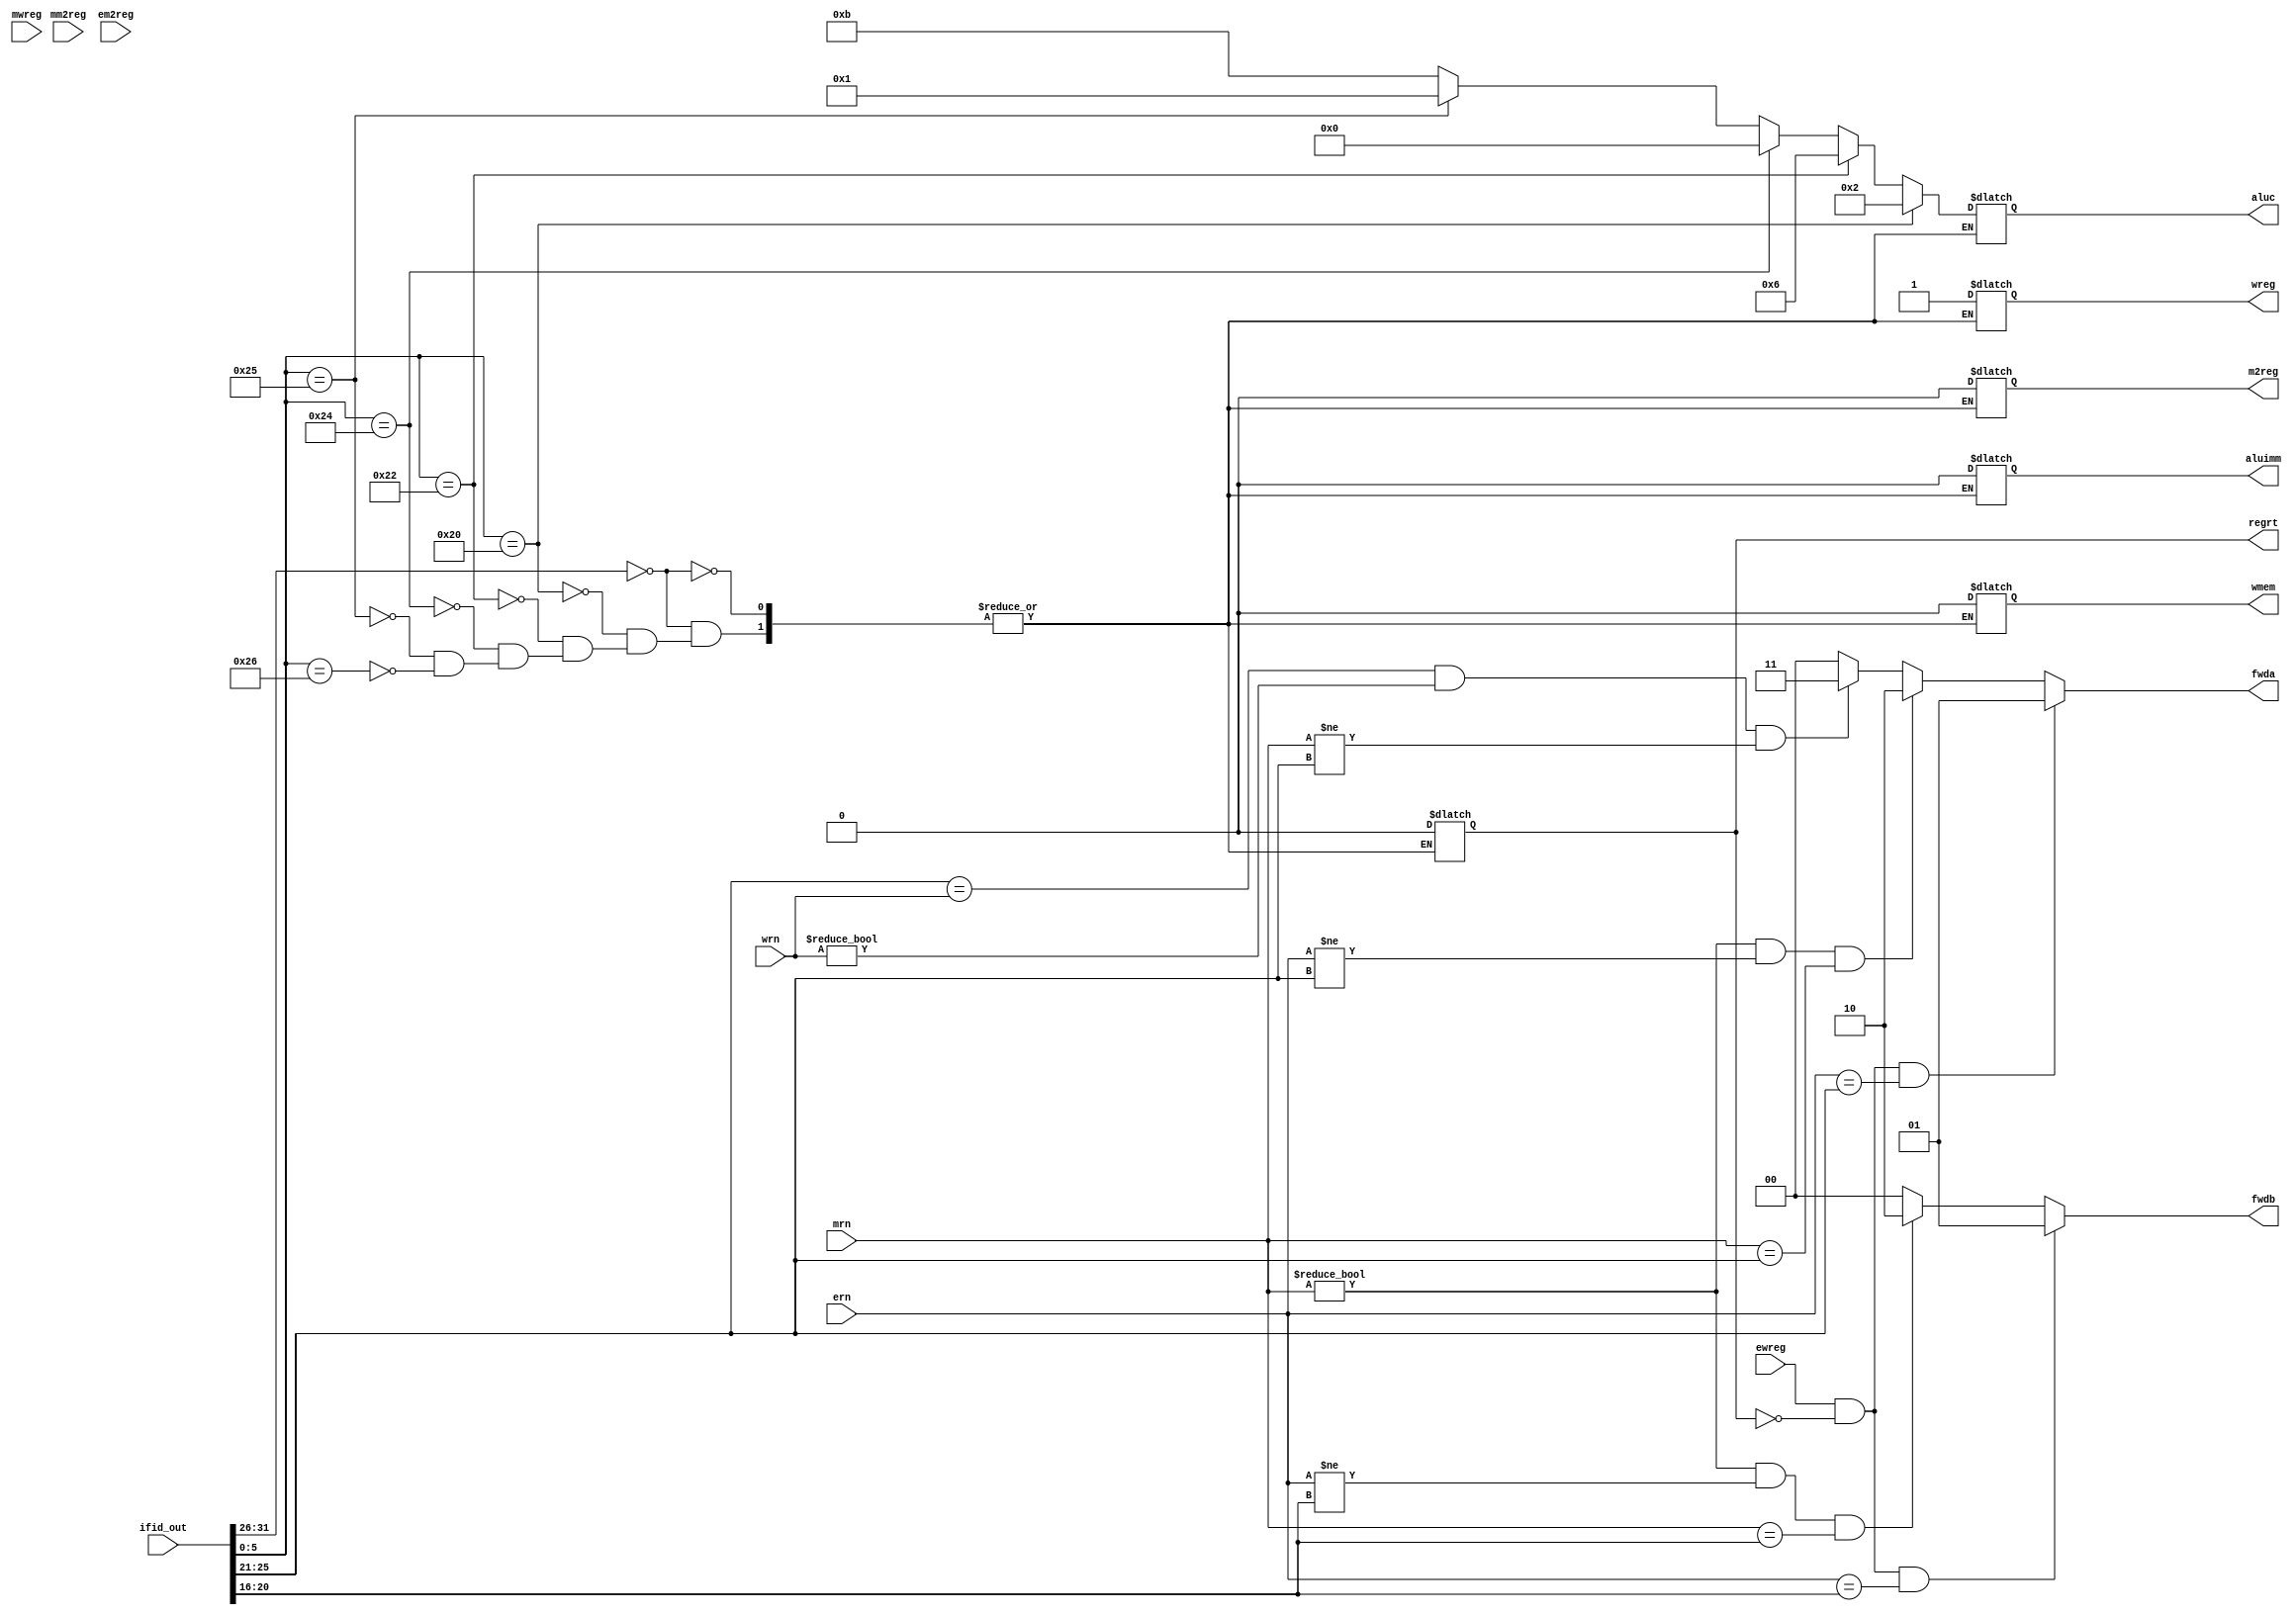
`timescale 1ns / 1ps

module CU(input wire [31:0] ifid_out, input wire [4:0] mrn, input wire mm2reg, input wire mwreg, input wire [4:0] ern, 
            input wire em2reg, input wire ewreg, input wire [4:0] wrn,
          output reg wreg, output reg m2reg, output reg wmem, output reg [3:0] aluc, output reg aluimm, output reg regrt,
          output reg [1:0] fwda, output reg [1:0] fwdb // need checking
    );
    
    reg [5:0] op;
    reg [4:0] rs;
    reg [4:0] rt;
    reg [5:0] func;
    
    /*initial begin
    op = ifid_out[31:26]; // func doesn't exist for lw
    rs = ifid_out[25:21];
    rt = ifid_out[20:16];
    func = ifid_out[5:0];
    end*/
    
    always @ (*)
    begin
    op = ifid_out[31:26]; // func doesn't exist for lw
    rs = ifid_out[25:21];
    rt = ifid_out[20:16];
    func = ifid_out[5:0];
    
    if (op == 6'b000000) // check if add
        begin
            if (func == 6'b100000)  // add instruc
        begin
            wreg <= 1;
            m2reg <= 0;
            wmem <= 0;
            aluc <= 4'b0010; //add
            aluimm <= 0;
            regrt <=0;
        end
      else if (func == 6'b100010) //sub instruc
          begin
          wreg <= 1;
          m2reg <= 0;
          wmem <= 0;
          aluc <=4'b0110;
          aluimm <=0;
          regrt <= 0;
                end      
       else if (func == 6'b100100) //and instruc
           begin
           wreg <= 1;
           m2reg <= 0;
           wmem <= 0;
           aluc <=4'b0000;
           aluimm <=0;
           regrt <= 0;
           end
        else if (func == 6'b100101) //or instruc
            begin
            wreg <= 1;
            m2reg <= 0;
            wmem <= 0;
            aluc <=4'b0001;
            aluimm <=0;
            regrt <= 0;
            end
       else if (func == 6'b100110) //xor instruc
            begin
            wreg <= 1;
            m2reg <= 0;
            wmem <= 0;
            aluc <=4'b1011;
            aluimm <=0;
            regrt <= 0;
            end
        end
      
            
// implement forwarding: (CONFUSED W THE CONDITIONS)
if (ewreg != 0 && regrt != 1 && ern == rs)
begin
    fwda = 2'b01; // exe hazard
end else if (mrn != 0 && ern != rs && mrn == rs)
begin
    fwda = 2'b10; // mem hazard
end 
else if (rs == wrn && wrn != 0 && mrn != rs) begin
    fwda = 2'b11;
 end
else begin
fwda = 2'b00;
end

if (ewreg != 0 && regrt != 1 && ern == rt)
begin
    fwdb = 2'b01; // exe hazard
end
else if (mrn != 0 && ern != rt && mrn == rt)
begin
    fwdb = 2'b10; // mem hazard
end
else begin
fwdb = 2'b00;
end
end

endmodule


module IM(input wire [31:0]pc_out,output reg [31:0]do); 
reg [31:0] a;
reg [31:0] IM[0:511];

// modified for final
initial begin
IM[100] = 32'h00221820;
IM[104] = 32'h01232022; 
IM[108] = 32'h00692825; 
IM[112] = 32'h00693026; 
IM[116] = 32'h00693824; 
end

always @(pc_out,do)
begin
 a = pc_out;
 do = IM[a];
 
end
endmodule


module regFile(input clk, input wire[31:0]ifid_o, input wire[4:0] wn, input wire[31:0] d, input wire wwreg, output reg[31:0] qa, output reg[31:0] qb, output reg [4:0]rs); // similar to IM
// modify testbench
   reg[31:0] rF [0:31]; //31 x 31 array
   //reg[4:0] rs;
   reg[4:0] rt;
   integer i;
initial begin
    for (i=0; i<32;i=i+1) begin rF[i] <= 32'h00000000; end// set everu value in array to 0;
    rF[0] <= 32'h00000000;
    rF[1] <= 32'hA00000AA;
    rF[2] <= 32'h10000011;
    rF[3] <= 32'h20000022;
    rF[4] <= 32'h30000033;
    rF[5] <= 32'h40000044;
    rF[6] <= 32'h50000055;
    rF[7] <= 32'h60000066;
    rF[8] <= 32'h70000077;
    rF[9] <= 32'h80000088;
    rF[10] <= 32'h90000099;
end

always @(ifid_o, posedge clk)
begin
    // extracting rs & rt
    rs = ifid_o[25:21]; // rna, which is also rs
 
    rt = ifid_o[20:16]; // rnb, which is also rt (may fix both in later labs)
    qa = rF[rs];
    qb = rF[rt];
    end
  always @(negedge clk,ifid_o)
    begin
    if (wwreg == 1'b1) //writing
    begin
        // writing into reg
        // wn: addr
        // d: value that will be written into addr
       rF[wn] <= d;
    end
 end
 
endmodule


module mux(input wire [31:0]ifid_out, input wire s_regrt, output reg [4:0] m_out);
   reg [4:0] rd;
   reg [4:0] rt;
   


always @(ifid_out,s_regrt)
begin
 rd = ifid_out[15:11];
 rt = ifid_out[20:16];
    /*if (ifid_out[31:26] != 6'b100011) // check if opcode is lw
    begin
        rd <= ifid_out[15:11];
    end else begin
        rt <= ifid_out[20:16];
    end*/
   m_out <= s_regrt ? rt : rd; // selecting
end

endmodule


module PC(input clk, input wire [31:0]pc_in, output reg[31:0]pc_out); 
/*initial begin
 pc_out = 32'h00000064; 
end*/
always @(posedge clk)
begin
    pc_out<=pc_in;
end

endmodule


module signExt(input wire [31:0]ifid_out, output reg [31:0] e_out); // cat 16-32 bits
always @(ifid_out) 
begin
e_out = {{16{ifid_out[15]}},ifid_out[15:0]}; // concatenation
end
endmodule


module adder(input wire [31:0] in_pc, output reg [31:0] out_s);

 initial begin
 out_s = 32'h00000064; // pass this into PC
 end
 
 always @(*) 
 begin // I'm confused
    out_s <= in_pc + 32'h00000004;
end
  
endmodule


module IFID(input clk, input wire [31:0]a_in, output reg[31:0]do_out); // use wire to carry IM output over...?
always @ (posedge clk)
begin
 do_out<=a_in;
end
endmodule


module IDEXE(input wire clk, input wire wreg, input wire m2reg, input wire wmem, input wire [3:0] aluc, input wire aluimm, input wire [31:0] qa, input wire [31:0] qb, 
input wire [4:0] mux_o, input wire [31:0] e_o,
output reg wreg_o, output reg [3:0] aluc_o, output reg m2reg_o, output reg wmem_o, output reg aluimm_o, 
output reg [31:0] qa_o, output reg [31:0] qb_o
    , output reg [4:0] mux_o3, output reg [31:0] e_o2); // set output to input @ posedge clk
    always @(posedge clk)
    begin
     wreg_o<=wreg;
     aluc_o<=aluc;
     m2reg_o<=m2reg;
     aluimm_o<=aluimm;
     qa_o<=qa;
     qb_o<=qb;
     mux_o3 <= mux_o;
     e_o2 <= e_o;
     wmem_o<=wmem;
     // need to add mux & sign extender (resolved...?)
    end
endmodule


// LAB4 STARTS HERE:
module EXEMEM(input wire clk, input wire ewreg, input wire em2reg, input wire ewmem, input wire [31:0] ALUr, input wire [31:0] qb, input wire [4:0] mux_o,
output reg mwreg, output reg mm2reg, output reg mwmem, output reg [31:0] ALUr_o, output reg [31:0] qb_o, output reg [4:0] mux_o2
    ); // set output to input @ posedge clk
    always @(posedge clk)
    begin
       mwreg <= ewreg;
       mm2reg<=em2reg;
       mwmem<=ewmem;
       ALUr_o<=ALUr;
       qb_o<=qb;
       mux_o2<=mux_o;
    end
endmodule


module MEMWB(input clk, input wire mwreg, input wire mm2reg, input wire [31:0] ALUr,input wire [4:0] mux_o, input wire [31:0] do,
output reg wwreg, output reg wm2reg, output reg [4:0] mux_o1, output reg [31:0] do_o, output reg [31:0] ALUr_o
    ); // set output to input @ posedge clk
    always @(posedge clk)
    begin
       wwreg<=mwreg;
       wm2reg<=mm2reg;
       mux_o1<=mux_o;
       do_o<=do;
       ALUr_o<=ALUr;
    end
endmodule


module mux2(input [31:0]qb, input wire [31:0] e_o, input wire ealuimm, output reg [31:0] m2_out);
always @(qb,e_o,ealuimm,m2_out) 
begin
   m2_out <= ealuimm ? e_o : qb; // selecting
end
endmodule 


module ALU(input wire [31:0] qa, input wire [31:0] mux2_o, input wire [3:0] ealuc, output reg [31:0] r);
always @(mux2_o,qa,ealuc) 
begin
    case(ealuc)
        4'b0000: // AND
           r = qa & mux2_o; 
        4'b0001: // OR
           r = qa | mux2_o ;
        4'b0010: // add
           r = qa + mux2_o;
        4'b0110: // sub
           r = qa - mux2_o;
        4'b1100: // NOR
           r = ~(qa | mux2_o);
//        4'b0111: // set-on-less-than
//           if (qa<mux2_o)
//           begin
//            r <=1;
//           end else begin
//            r<=0;
//           end
        4'b1011: // XOR
           r = qa ^ mux2_o;
        //default:
            //r = qa + mux2_o; // default is addition
    endcase
end
endmodule

module DM(input wire [31:0] a, input wire [31:0] di, input wire mwmem, output reg [31:0] do);
reg [31:0] dataMem[0:511];
integer i;
initial begin
    for (i=0; i<512;i=i+1) begin dataMem[i] <= 32'h00000000; end// set every value in array to 0;
    dataMem[0] <= 32'hA00000AA;
    dataMem[4] <= 32'h10000011;
    dataMem[8] <= 32'h20000022;
    dataMem[12] <= 32'h30000033;
    dataMem[16] <= 32'h40000044;
    dataMem[20] <= 32'h50000055;
    dataMem[24] <= 32'h60000066;
    dataMem[28] <= 32'h70000077;
    dataMem[32] <= 32'h80000088;
    dataMem[36] <= 32'h90000099;
    //dataMem[40] <= 32'h90000099;
end

always @(a,di,mwmem,do)
begin
    if (mwmem == 1'b0) begin
    do <= dataMem[a];
  end
  //do <= dataMem[a];
  else if (mwmem == 1'b1) begin
    dataMem[di] <= dataMem[a];
  end
end
endmodule


// LAB5 stuff here:
module mux3(input wire [31:0] ALUr_o, input wire [31:0] do_o, input wire wm2reg, output reg [31:0] m3_out);
always @(ALUr_o,do_o,wm2reg) 
begin
   m3_out <= wm2reg ? do_o : ALUr_o; // selecting
end
endmodule 

// Final project stage: 
module qaMux(input wire [31:0] qa, input wire [31:0] ALUr_o, input wire [31:0] ALUr_o2, input wire [31:0] do, input wire [1:0] fwda, output reg [31:0] a);
always @(*)
begin
     case( fwda )
       2'b00 : a <= qa;
       2'b01 : a <= ALUr_o;
       2'b10 : a <= ALUr_o2;
       2'b11 : a <= do;
   endcase
end
endmodule

module qbMux(input wire [31:0] qb, input wire [31:0] ALUr_o, input wire [31:0] ALUr_o2, input wire [31:0] do, input wire [1:0] fwdb, output reg [31:0] b);
always @(*)
begin
    case( fwdb )
       2'b00 : b <= qb;
       2'b01 : b <= ALUr_o;
       2'b10 : b <= ALUr_o2;
       2'b11 : b <= do;
   endcase
end
endmodule